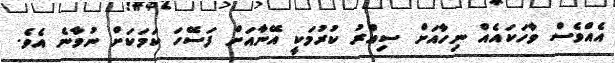
އެއްވެސް ވާހަކައެއް ނިހާއަށް ސިއްރު ކުރުމަކީ އޭނާއަށް ފަސޭހަ ކަމަކަށް ނުވާނެ އެވެ.